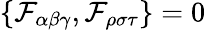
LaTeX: \{ \mathcal{F}_{\alpha\beta\gamma},\mathcal{F}_{\rho\sigma\tau}\} =0